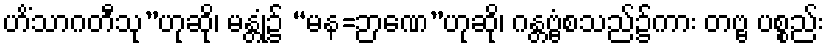
ဟိံသာဂတီသု”ဟုဆို၊ မန္တုံ၌ “မန=ဉာဏေ”ဟုဆို၊ ဂန္တဗ္ဗံစသည်၌ကား တဗ္ဗ ပစ္စည်း